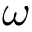
\omega